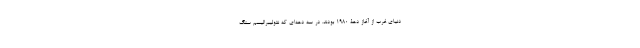
دنیای غرب از آغاز دهۀ 1980 بودند. در سه دهه‌ای که نئولیبرالیسم سنگ